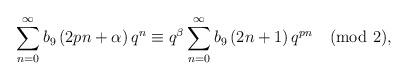
LaTeX: \begin{align*}\sum_{n=0}^{\infty}b_{9}\left(2pn+\alpha \right)q^{n}\equiv q^{\beta}\sum_{n=0}^{\infty}b_{9}\left(2n+1\right)q^{pn} \pmod2,\end{align*}